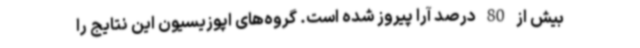
بیش از 80 درصد آرا پیروز شده است. گروه‌های اپوزیسیون این نتایج را